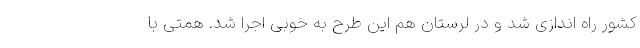
کشور راه اندازی شد و در لرستان هم این طرح به خوبی اجرا شد. همتی با